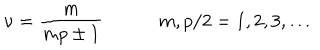
\nu = \frac { m } { m p \pm 1 } \qquad \quad m , p / 2 = 1 , 2 , 3 , \ldots